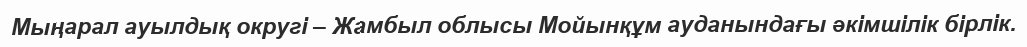
Мыңарал ауылдық округі – Жамбыл облысы Мойынқұм ауданындағы әкімшілік бірлік.